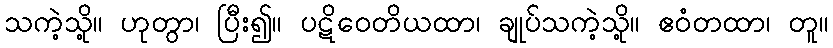
သကဲ့သို့။ ဟုတွာ၊ ပြီး၍။ ပဋိဝေတိယထာ၊ ချုပ်သကဲ့သို့။ ဧဝံတထာ၊ တူ။